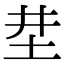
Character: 坓